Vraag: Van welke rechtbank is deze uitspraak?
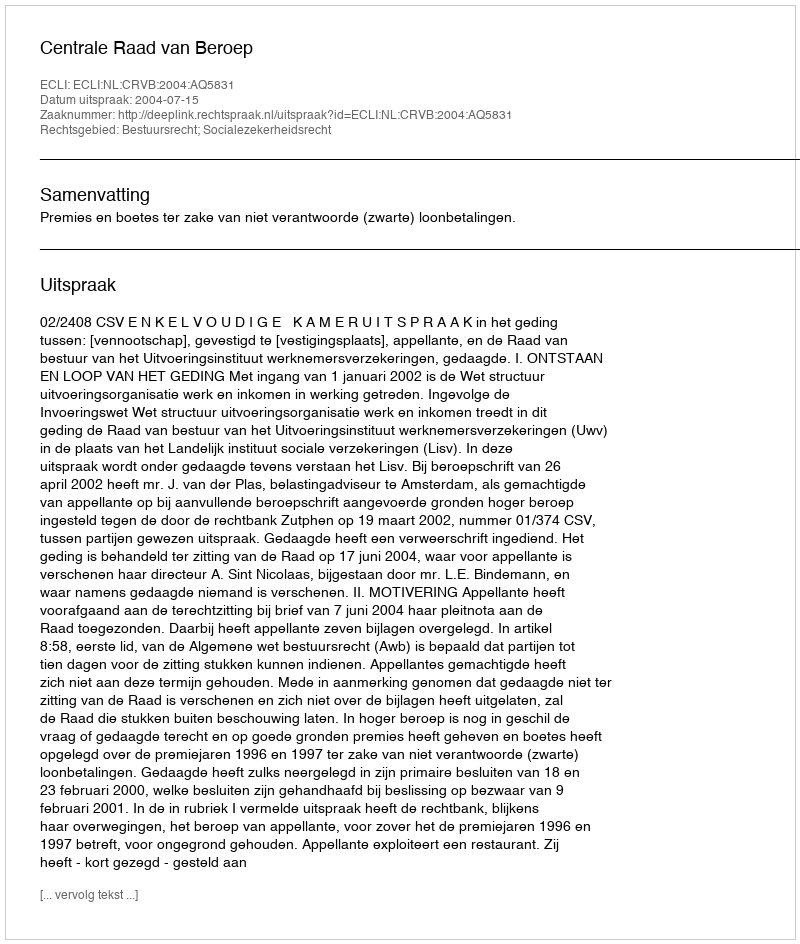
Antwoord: Centrale Raad van Beroep